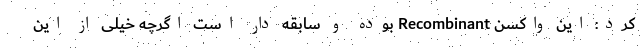
کرد: این واکسن Recombinant بوده و سابقه دار است اگرچه خیلی از این